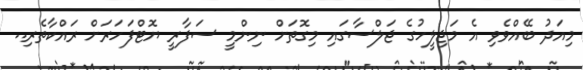
މިއަދު ބޭއްވެވި އެ މަޖިލީހުގެ ޖަލްސާގައި މިގޮތަށް ނިންމީ ސަފާރީ ޔޮޓްފަހަރަށް ރައްކާތެރި..